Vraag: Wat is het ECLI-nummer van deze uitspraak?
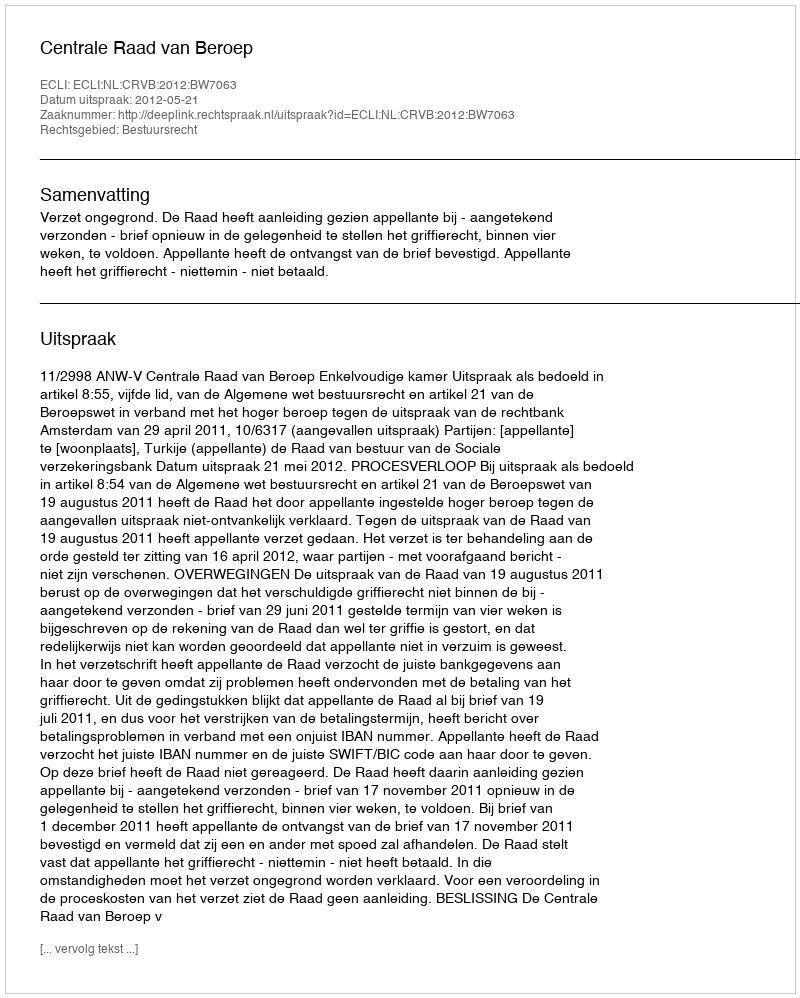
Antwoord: ECLI:NL:CRVB:2012:BW7063